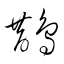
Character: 鵲